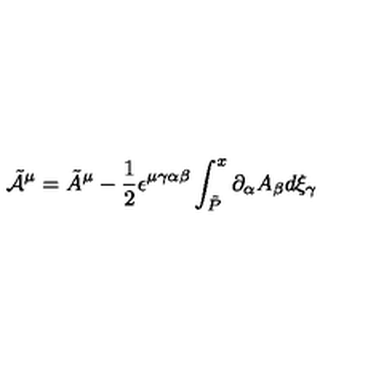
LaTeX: \tilde { { \cal A } } ^ { \mu } = \tilde { A } ^ { \mu } - \frac { 1 } { 2 } \epsilon ^ { \mu \gamma \alpha \beta } \int _ { \tilde { P } } ^ { x } \partial _ { \alpha } A _ { \beta } d \xi _ { \gamma }